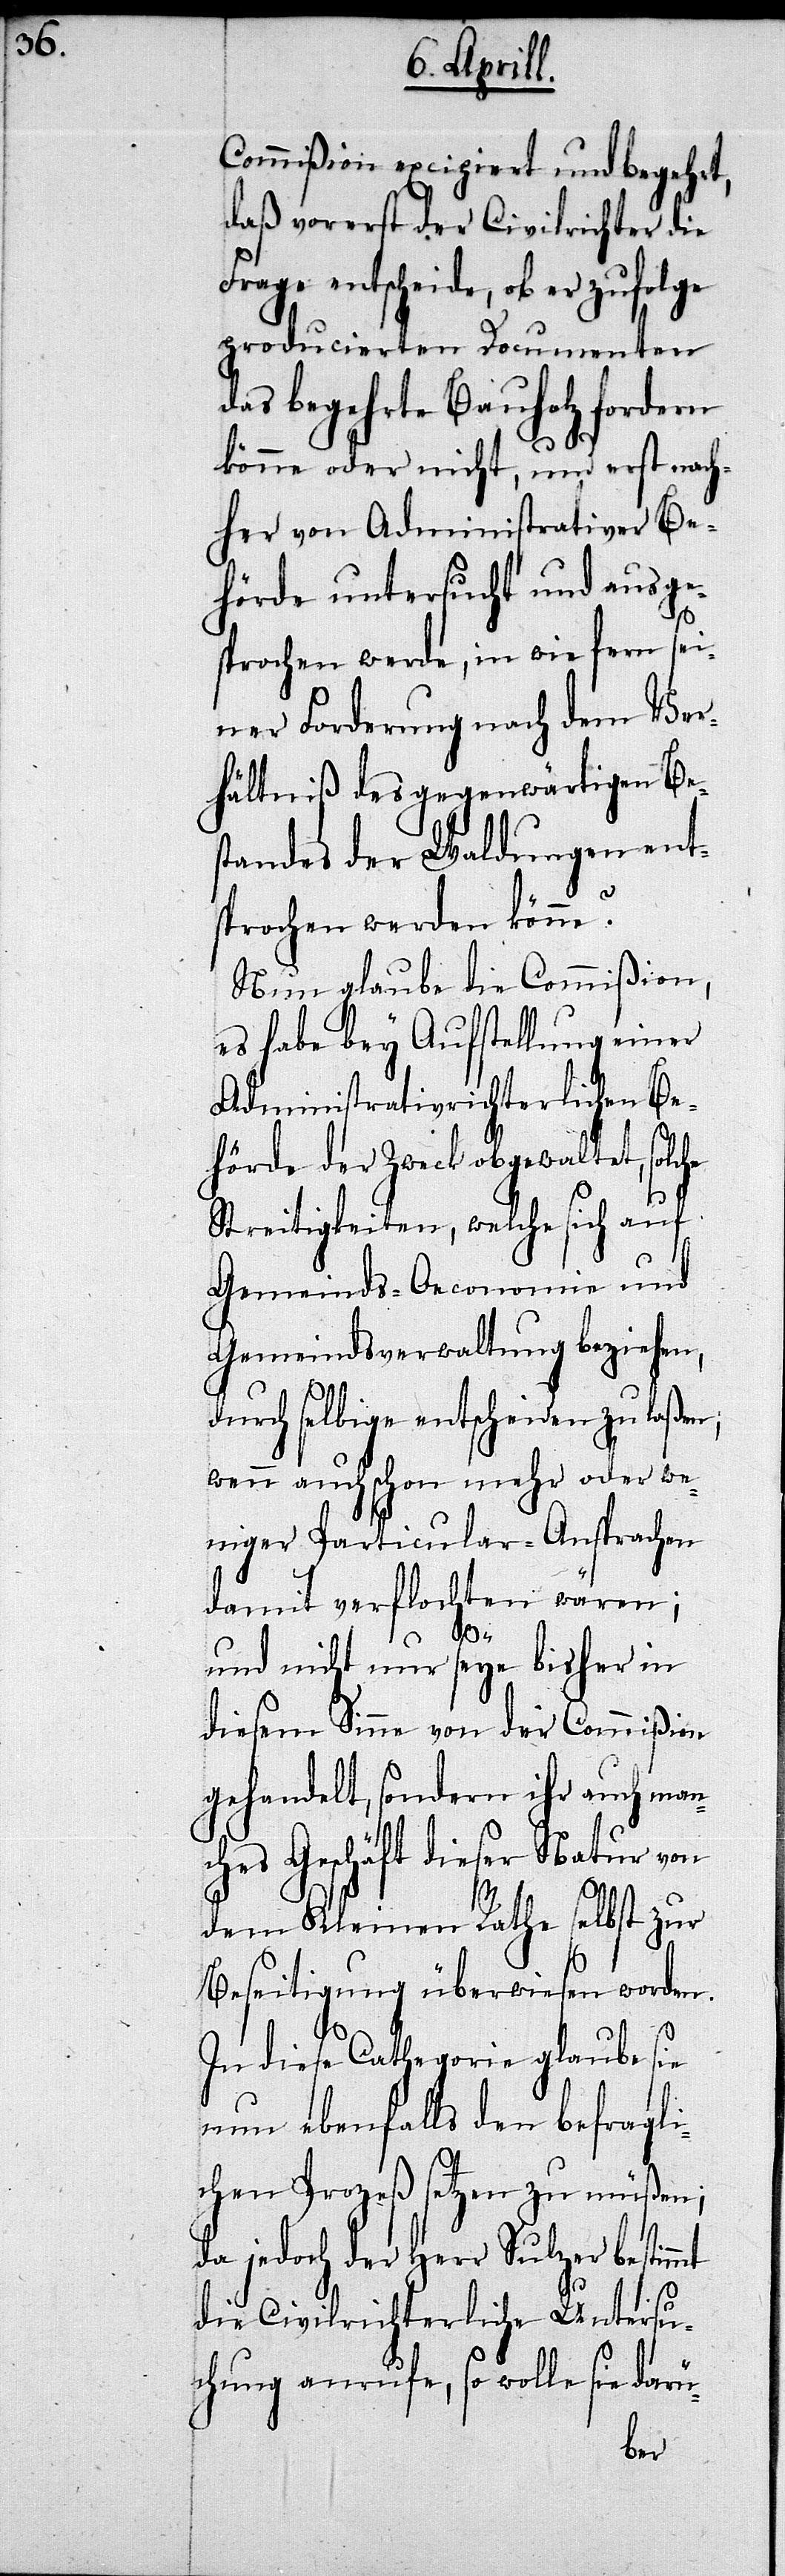
Commißion excipiert und begehrt,
daß vorerst der Civilrichter die
Frage entscheide, ob er zufolge
producierten Documenten
das begehrte Bauholz fordern
könne oder nicht, und erst nach¬
her von Administrativer Be¬
hörde untersucht und ausge¬
sprochen werde, in wie fern sei¬
ner Forderung nach dem Ver¬
hältniß des gegenwärtigen Be¬
standes der Waldungen ent¬
sprochen werden könne?
Nun glaube die Commißion
es habe bey Aufstellung einer
Administrativrichterlichen Be¬
hörde der Zweck abgewaltet, solc¬
Streitigkeiten, welche sich auf
Gemeinds-Oeconomie und
Gemeindsverwaltung beziehen,
durch selbige entscheiden zu laßen,
wenn auch schon mehr oder we¬
niger Particular-Ansprachen
damit verflochten wären;
und nicht nur seye bisher in
diesem Sinne von der Commißion
gehandelt, sondern dieser Natur
dem Kleinen Rathe selbst zur
Beseitigung überwiesen worden.
In diese Cathegorie glaube sie
nun ebenfalls den befragli¬
chen Prozeß setzen zu müßen;
da jedoch der Herr Sulzer bestimmt
die Civilrichterliche Untersu¬
chung anrufe, so wolle sie darü-
he